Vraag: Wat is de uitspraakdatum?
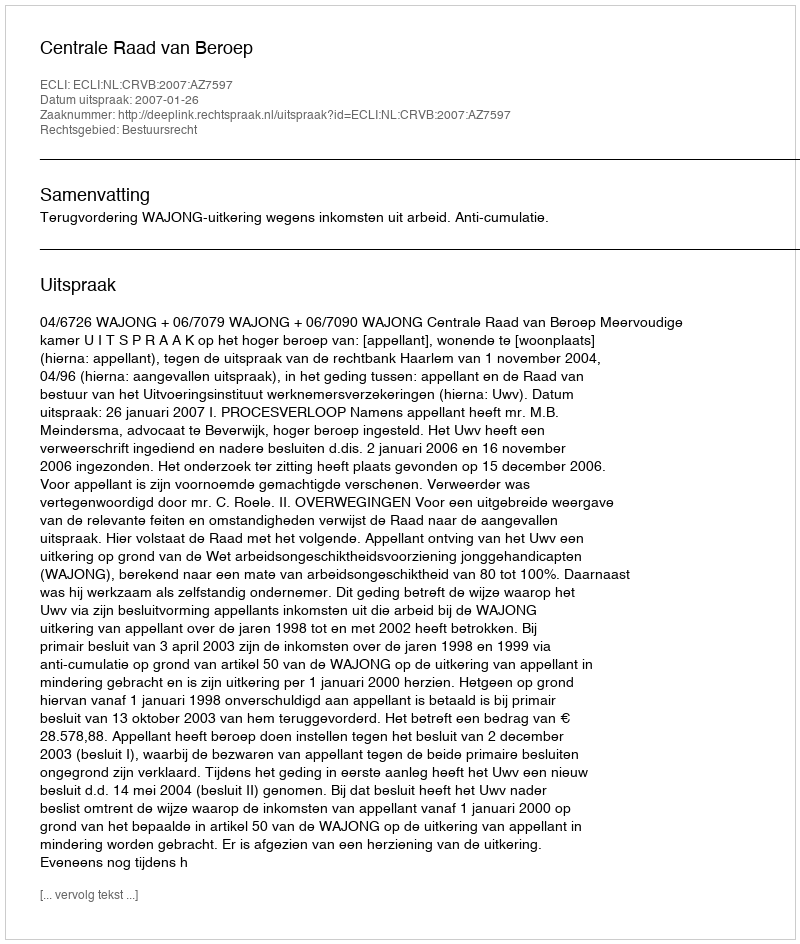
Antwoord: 2007-01-26